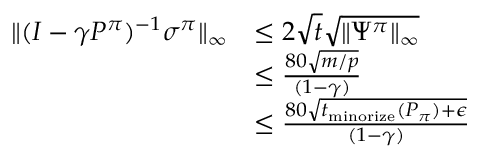
\begin{array} { r l } { \| ( I - \gamma P ^ { \pi } ) ^ { - 1 } \sigma ^ { \pi } \| _ { \infty } } & { \leq 2 \sqrt { t } \sqrt { \| \Psi ^ { \pi } \| _ { \infty } } } \\ & { \leq \frac { 8 0 \sqrt { m / p } } { ( 1 - \gamma ) } } \\ & { \leq \frac { 8 0 \sqrt { t _ { \mathrm { m i n o r i z e } } ( P _ { \pi } ) + \epsilon } } { ( 1 - \gamma ) } } \end{array}